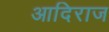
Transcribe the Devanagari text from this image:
आदिराज